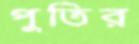
পুতির